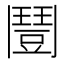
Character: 𩰒